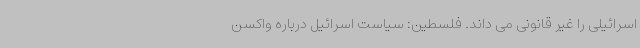
اسرائیلی را غیر قانونی می داند. فلسطین: سیاست اسرائیل درباره واکسن